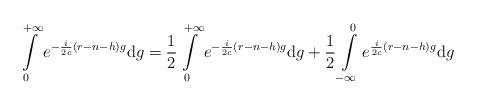
LaTeX: \begin{align*}\int\displaylimits_{0}^{+\infty} e^{-\frac{i}{2c}(r-n-h)g} \mathrm{d}g = \frac12\int\displaylimits_{0}^{+\infty}e^{-\frac{i}{2c}(r-n-h)g} \mathrm{d}g+\frac12\int\displaylimits_{-\infty}^{0}e^{\frac{i}{2c}(r-n-h)g} \mathrm{d}g\end{align*}